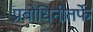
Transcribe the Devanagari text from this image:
प्रबोधिनीतर्फे